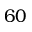
6 0